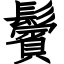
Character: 鬢